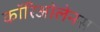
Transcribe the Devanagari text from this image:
कॉरिओलेनस